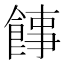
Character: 䭄